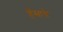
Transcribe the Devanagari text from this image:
हँसाये